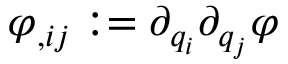
\varphi _ { , i j } : = \partial _ { { q } _ { i } } \partial _ { { q } _ { j } } \varphi